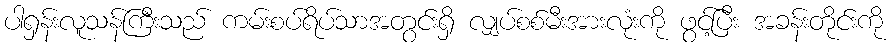
ပါရှန်းလူသန်ကြီးသည် ကမ်းစပ်ရိပ်သာအတွင်းရှိ လျှပ်စစ်မီးအားလုံးကို ဖွင့်ပြီး အခန်းတိုင်းကို